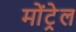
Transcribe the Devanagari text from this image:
मोंट्रेल